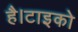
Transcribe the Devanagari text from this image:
है।टाइको